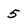
Character: 5